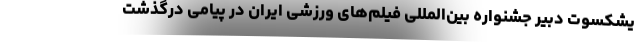
یشکسوت دبیر جشنواره بین‌المللی فیلم‌های ورزشی ایران در پیامی درگذشت